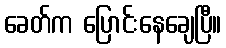
ခေတ်က ပြောင်းနေချေပြီ။